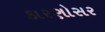
કારણોસર